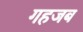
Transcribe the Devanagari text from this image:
गहजब